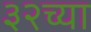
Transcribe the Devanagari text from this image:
३२च्या